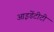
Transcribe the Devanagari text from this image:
आइडेंटीटी